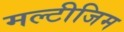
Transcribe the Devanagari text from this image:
मल्टीजिम